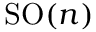
\operatorname { S O } ( n )